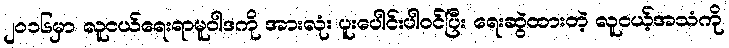
၂၀၁၆မှာ လူငယ်ရေးရာမူဝါဒကို အားလုံး ပူးပေါင်းပါဝင်ပြီး ရေးဆွဲထားတဲ့ လူငယ့်အသံကို